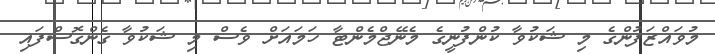
މުވައްޒަފުންގެ މި ޝަކުވާ ކުންފުނީގެ މެނޭޖްމެންޓާ ހަމައަށް ވެސް މި ޝަކުވާ ގެންގޮސްފައި